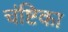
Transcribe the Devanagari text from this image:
चंष्टिका